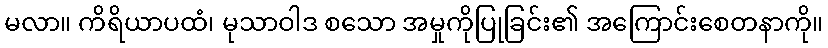
မလာ။ ကိရိယာပထံ၊ မုသာဝါဒ စသော အမှုကိုပြုခြင်း၏ အကြောင်းစေတနာကို။